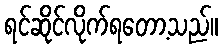
ရင်ဆိုင်လိုက်ရတော့သည်။